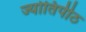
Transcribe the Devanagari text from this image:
ज्योतिर्पीठ